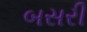
બસરી